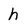
Character: h